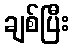
ချစ်ပြီး